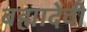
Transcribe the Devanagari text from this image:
बह्मादेवी